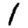
Digit: 1